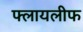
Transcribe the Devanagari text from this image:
फ्लायलीफ